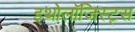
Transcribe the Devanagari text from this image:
इथोलॉजिस्ट्स